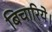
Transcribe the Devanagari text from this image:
बिचारिये।